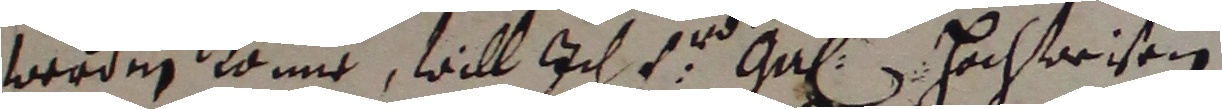
werden konne, will ich 1 gahr hochwrisen.